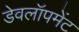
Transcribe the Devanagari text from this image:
डेवलॉपमेंट